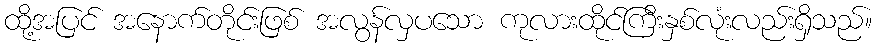
ထို့အပြင် အနောက်တိုင်းဖြစ် အလွန်လှပသော ကုလားထိုင်ကြီးနှစ်လုံးလည်းရှိသည်။